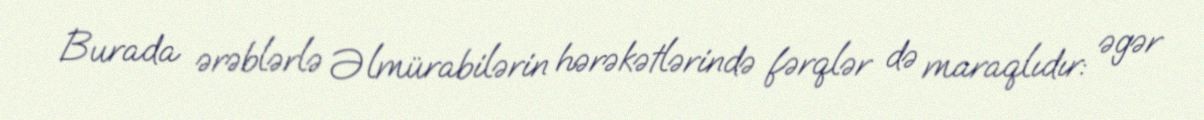
Burada ərəblərlə Əlmürabilərin hərəkətlərində fərqlər də maraqlıdır: əgər